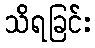
သိရခြင်း